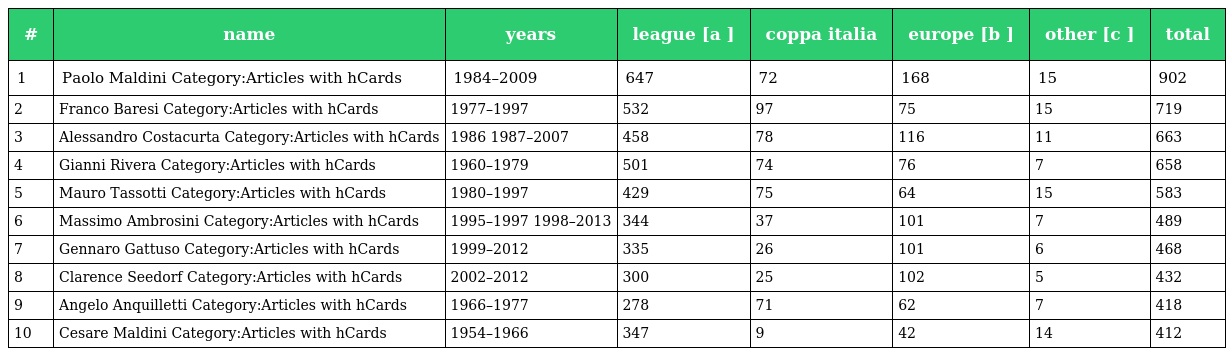
| # | name | years | league [a ] | coppa italia | europe [b ] | other [c ] | total |
 | --- | --- | --- | --- | --- | --- | --- | --- |
 | 1 | Paolo Maldini Category:Articles with hCards | 1984–2009 | 647 | 72 | 168 | 15 | 902 |
 | 2 | Franco Baresi Category:Articles with hCards | 1977–1997 | 532 | 97 | 75 | 15 | 719 |
 | 3 | Alessandro Costacurta Category:Articles with hCards | 1986 1987–2007 | 458 | 78 | 116 | 11 | 663 |
 | 4 | Gianni Rivera Category:Articles with hCards | 1960–1979 | 501 | 74 | 76 | 7 | 658 |
 | 5 | Mauro Tassotti Category:Articles with hCards | 1980–1997 | 429 | 75 | 64 | 15 | 583 |
 | 6 | Massimo Ambrosini Category:Articles with hCards | 1995–1997 1998–2013 | 344 | 37 | 101 | 7 | 489 |
 | 7 | Gennaro Gattuso Category:Articles with hCards | 1999–2012 | 335 | 26 | 101 | 6 | 468 |
 | 8 | Clarence Seedorf Category:Articles with hCards | 2002–2012 | 300 | 25 | 102 | 5 | 432 |
 | 9 | Angelo Anquilletti Category:Articles with hCards | 1966–1977 | 278 | 71 | 62 | 7 | 418 |
 | 10 | Cesare Maldini Category:Articles with hCards | 1954–1966 | 347 | 9 | 42 | 14 | 412 |